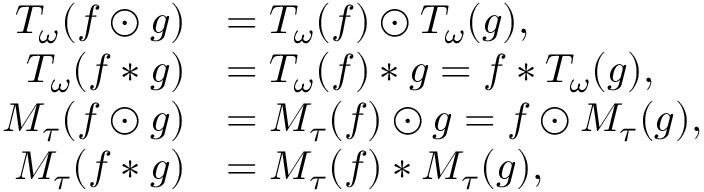
\begin{array} { r l } { T _ { \omega } ( f \odot g ) } & { = T _ { \omega } ( f ) \odot T _ { \omega } ( g ) , } \\ { T _ { \omega } ( f * g ) } & { = T _ { \omega } ( f ) * g = f * T _ { \omega } ( g ) , } \\ { M _ { \tau } ( f \odot g ) } & { = M _ { \tau } ( f ) \odot g = f \odot M _ { \tau } ( g ) , } \\ { M _ { \tau } ( f * g ) } & { = M _ { \tau } ( f ) * M _ { \tau } ( g ) , } \end{array}